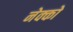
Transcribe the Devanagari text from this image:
नेक्को